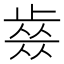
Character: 𣦊